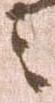
令